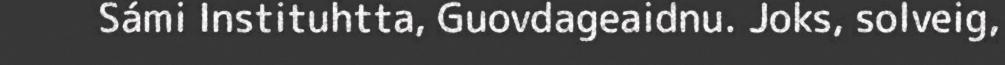
Sámi Instituhtta, Guovdageaidnu. Joks, solveig,